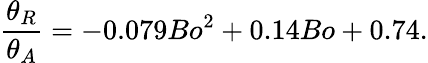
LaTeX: \frac{\theta_{R}}{\theta_{A}}=-0.079Bo^{2}+0.14Bo+0.74.